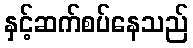
နှင့်ဆက်စပ်နေသည်